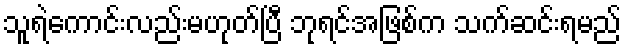
သူရဲကောင်းလည်းမဟုတ်ပြီ ဘုရင်အဖြစ်က သက်ဆင်းရမည်